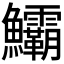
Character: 𩽷